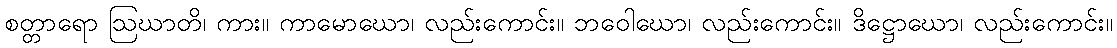
စတ္တာရော ဩဃာတိ၊ ကား။ ကာမောဃော၊ လည်းကောင်း။ ဘဝေါဃော၊ လည်းကောင်း။ ဒိဋ္ဌောဃော၊ လည်းကောင်း။